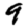
Digit: 9